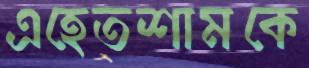
এহেতশামকে